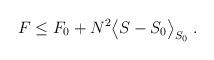
LaTeX: \begin{align*}F\le F_0 + N^2\big<S - S_0 \big>_{S_0} \; . \end{align*}